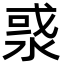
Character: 㳼